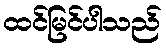
ထင်မြင်ပါသည်